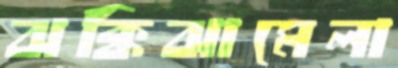
ঝক্কিঝামেলা